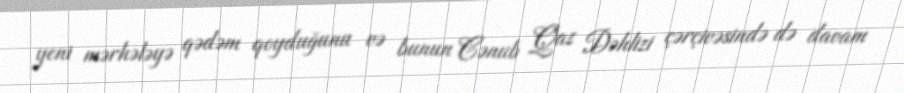
yeni mərhələyə qədəm qoyduğunu və bunun Cənub Qaz Dəhlizi çərçivəsində də davam